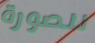
للصورة